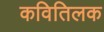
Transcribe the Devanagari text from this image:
कवितिलक